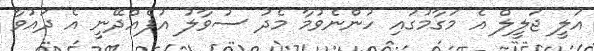
އަލީ ޖަލީލް އެ މަގާމުގައި ހުންނެވުމާ މެދު ސުވާލު އުފެއްދޭނީ އެ ދައުވާ